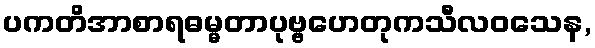
ပကတိအာစာရဓမ္မတာပုဗ္ဗဟေတုကသီလဝသေန,